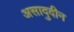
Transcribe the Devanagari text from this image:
असादुदीन